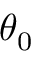
\theta _ { 0 }